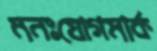
মনঃযোগমার্ক